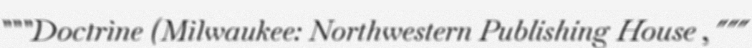
"""Doctrine (Milwaukee: Northwestern Publishing House ,"""